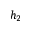
h _ { 2 }